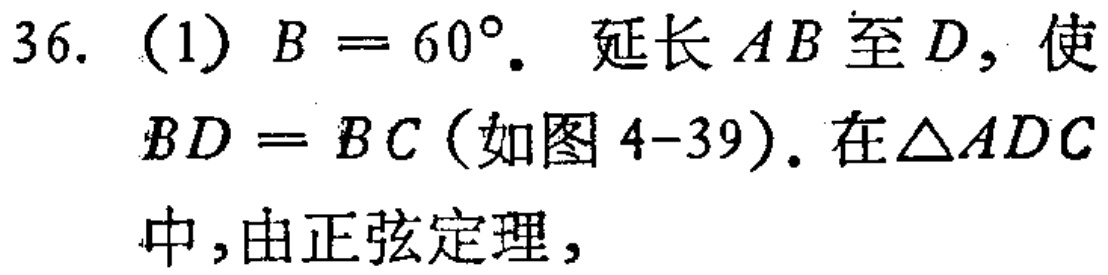
36. (1) \(B = 60^{\circ}\). 延长 \(AB\) 至 \(D\), 使 \(BD = BC\) (如图 4-39). 在 \(\triangle ADC\) 中,由正弦定理,